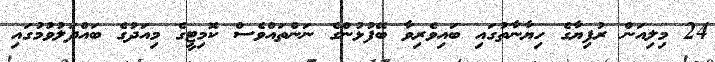
24 މިލިއަން ރުފިޔާގެ ހިޔާނާތުގައި ބައިވެރިވާ ބޭފުޅުންގެ ނަންތައްވެސް ކޮމިޓީގެ މިއަދުގެ ބައްދަލުވުމުގައި